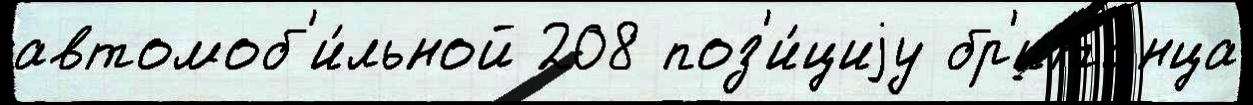
автомоб'и́льной 208 поз'и́циjу бр'ита́нца